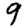
Digit: 9